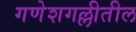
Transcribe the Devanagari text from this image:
गणेशगल्लीतील